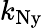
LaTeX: k_{\mathrm{Ny}}